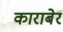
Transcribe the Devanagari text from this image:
काराबेर